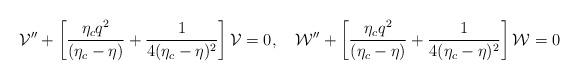
LaTeX: \begin{align*}{\cal V}'' + \left[\frac{\eta_c q^2}{(\eta_c-\eta)} + \frac{1}{4(\eta_c-\eta)^2}\right]{\cal V}=0,~~~{\cal W}'' + \left[\frac{\eta_c q^2}{(\eta_c-\eta)} + \frac{1}{4(\eta_c-\eta)^2}\right]{\cal W}=0\end{align*}